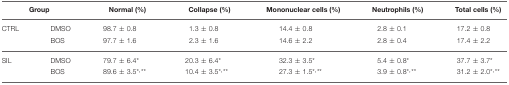
<table><thead><tr><td colspan="2"><b>Group</b></td><td><b>Normal (%)</b></td><td><b>Collapse (%)</b></td><td><b>Mononuclear cells (%)</b></td><td><b>Neutrophils (%)</b></td><td><b>Total cells (%)</b></td></tr></thead><tbody><tr><td>CTRL</td><td>DMSO</td><td>98.7 ± 0.8</td><td>1.3 ± 0.8</td><td>14.4 ± 0.8</td><td>2.8 ± 0.1</td><td>17.2 ± 0.8</td></tr><tr><td></td><td>BOS</td><td>97.7 ± 1.6</td><td>2.3 ± 1.6</td><td>14.6 ± 2.2</td><td>2.8 ± 0.4</td><td>17.4 ± 2.2</td></tr><tr><td>SIL</td><td>DMSO</td><td>79.7 ± 6.4<sup>*</sup></td><td>20.3 ± 6.4<sup>*</sup></td><td>32.3 ± 3.5<sup>*</sup></td><td>5.4 ± 0.8<sup>*</sup></td><td>37.7 ± 3.7<sup>*</sup></td></tr><tr><td></td><td>BOS</td><td>89.6 ± 3.5<sup>*</sup><sup>,</sup><sup>**</sup></td><td>10.4 ± 3.5<sup>*</sup><sup>,</sup><sup>**</sup></td><td>27.3 ± 1.5<sup>*</sup><sup>,</sup><sup>**</sup></td><td>3.9 ± 0.8<sup>*</sup><sup>,</sup><sup>**</sup></td><td>31.2 ± 2.0<sup>*</sup><sup>,</sup><sup>**</sup></td></tr></tbody></table>